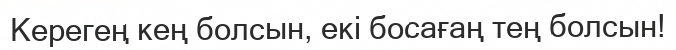
Керегең кең болсын, екi босағаң тең болсын!